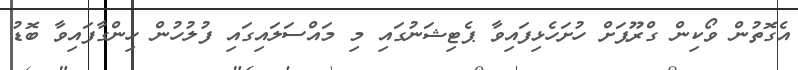
އެގޮތުން ވޯކިން ގްރޫޕަށް ހުށަހެޅިފައިވާ ޕެޓިޝަނުގައި މި މައްސަލައިގައި ފުލުހުން ހިންގާފައިވާ ބޮޑު